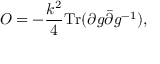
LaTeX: O = - { \frac { k ^ { 2 } } { 4 } } \mathrm { T r } ( \partial g \bar { \partial } g ^ { - 1 } ) ,